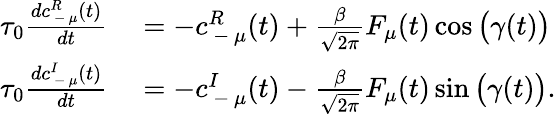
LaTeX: \begin{array}{rl}{\tau_{0}\frac{dc_{\mathrm{~-~}\mu}^{R}(t)}{dt}}&{{}=-c_{\mathrm{~-~}\mu}^{R}(t)+\frac{\beta}{\sqrt{2\pi}}F_{\mu}(t)\cos\big(\gamma(t)\big)}\\ {\tau_{0}\frac{dc_{\mathrm{~-~}\mu}^{I}(t)}{dt}}&{{}=-c_{\mathrm{~-~}\mu}^{I}(t)-\frac{\beta}{\sqrt{2\pi}}F_{\mu}(t)\sin\big(\gamma(t)\big).}\end{array}